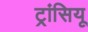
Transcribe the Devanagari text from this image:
ट्रांसियू